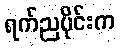
ရက်ညပိုင်းက